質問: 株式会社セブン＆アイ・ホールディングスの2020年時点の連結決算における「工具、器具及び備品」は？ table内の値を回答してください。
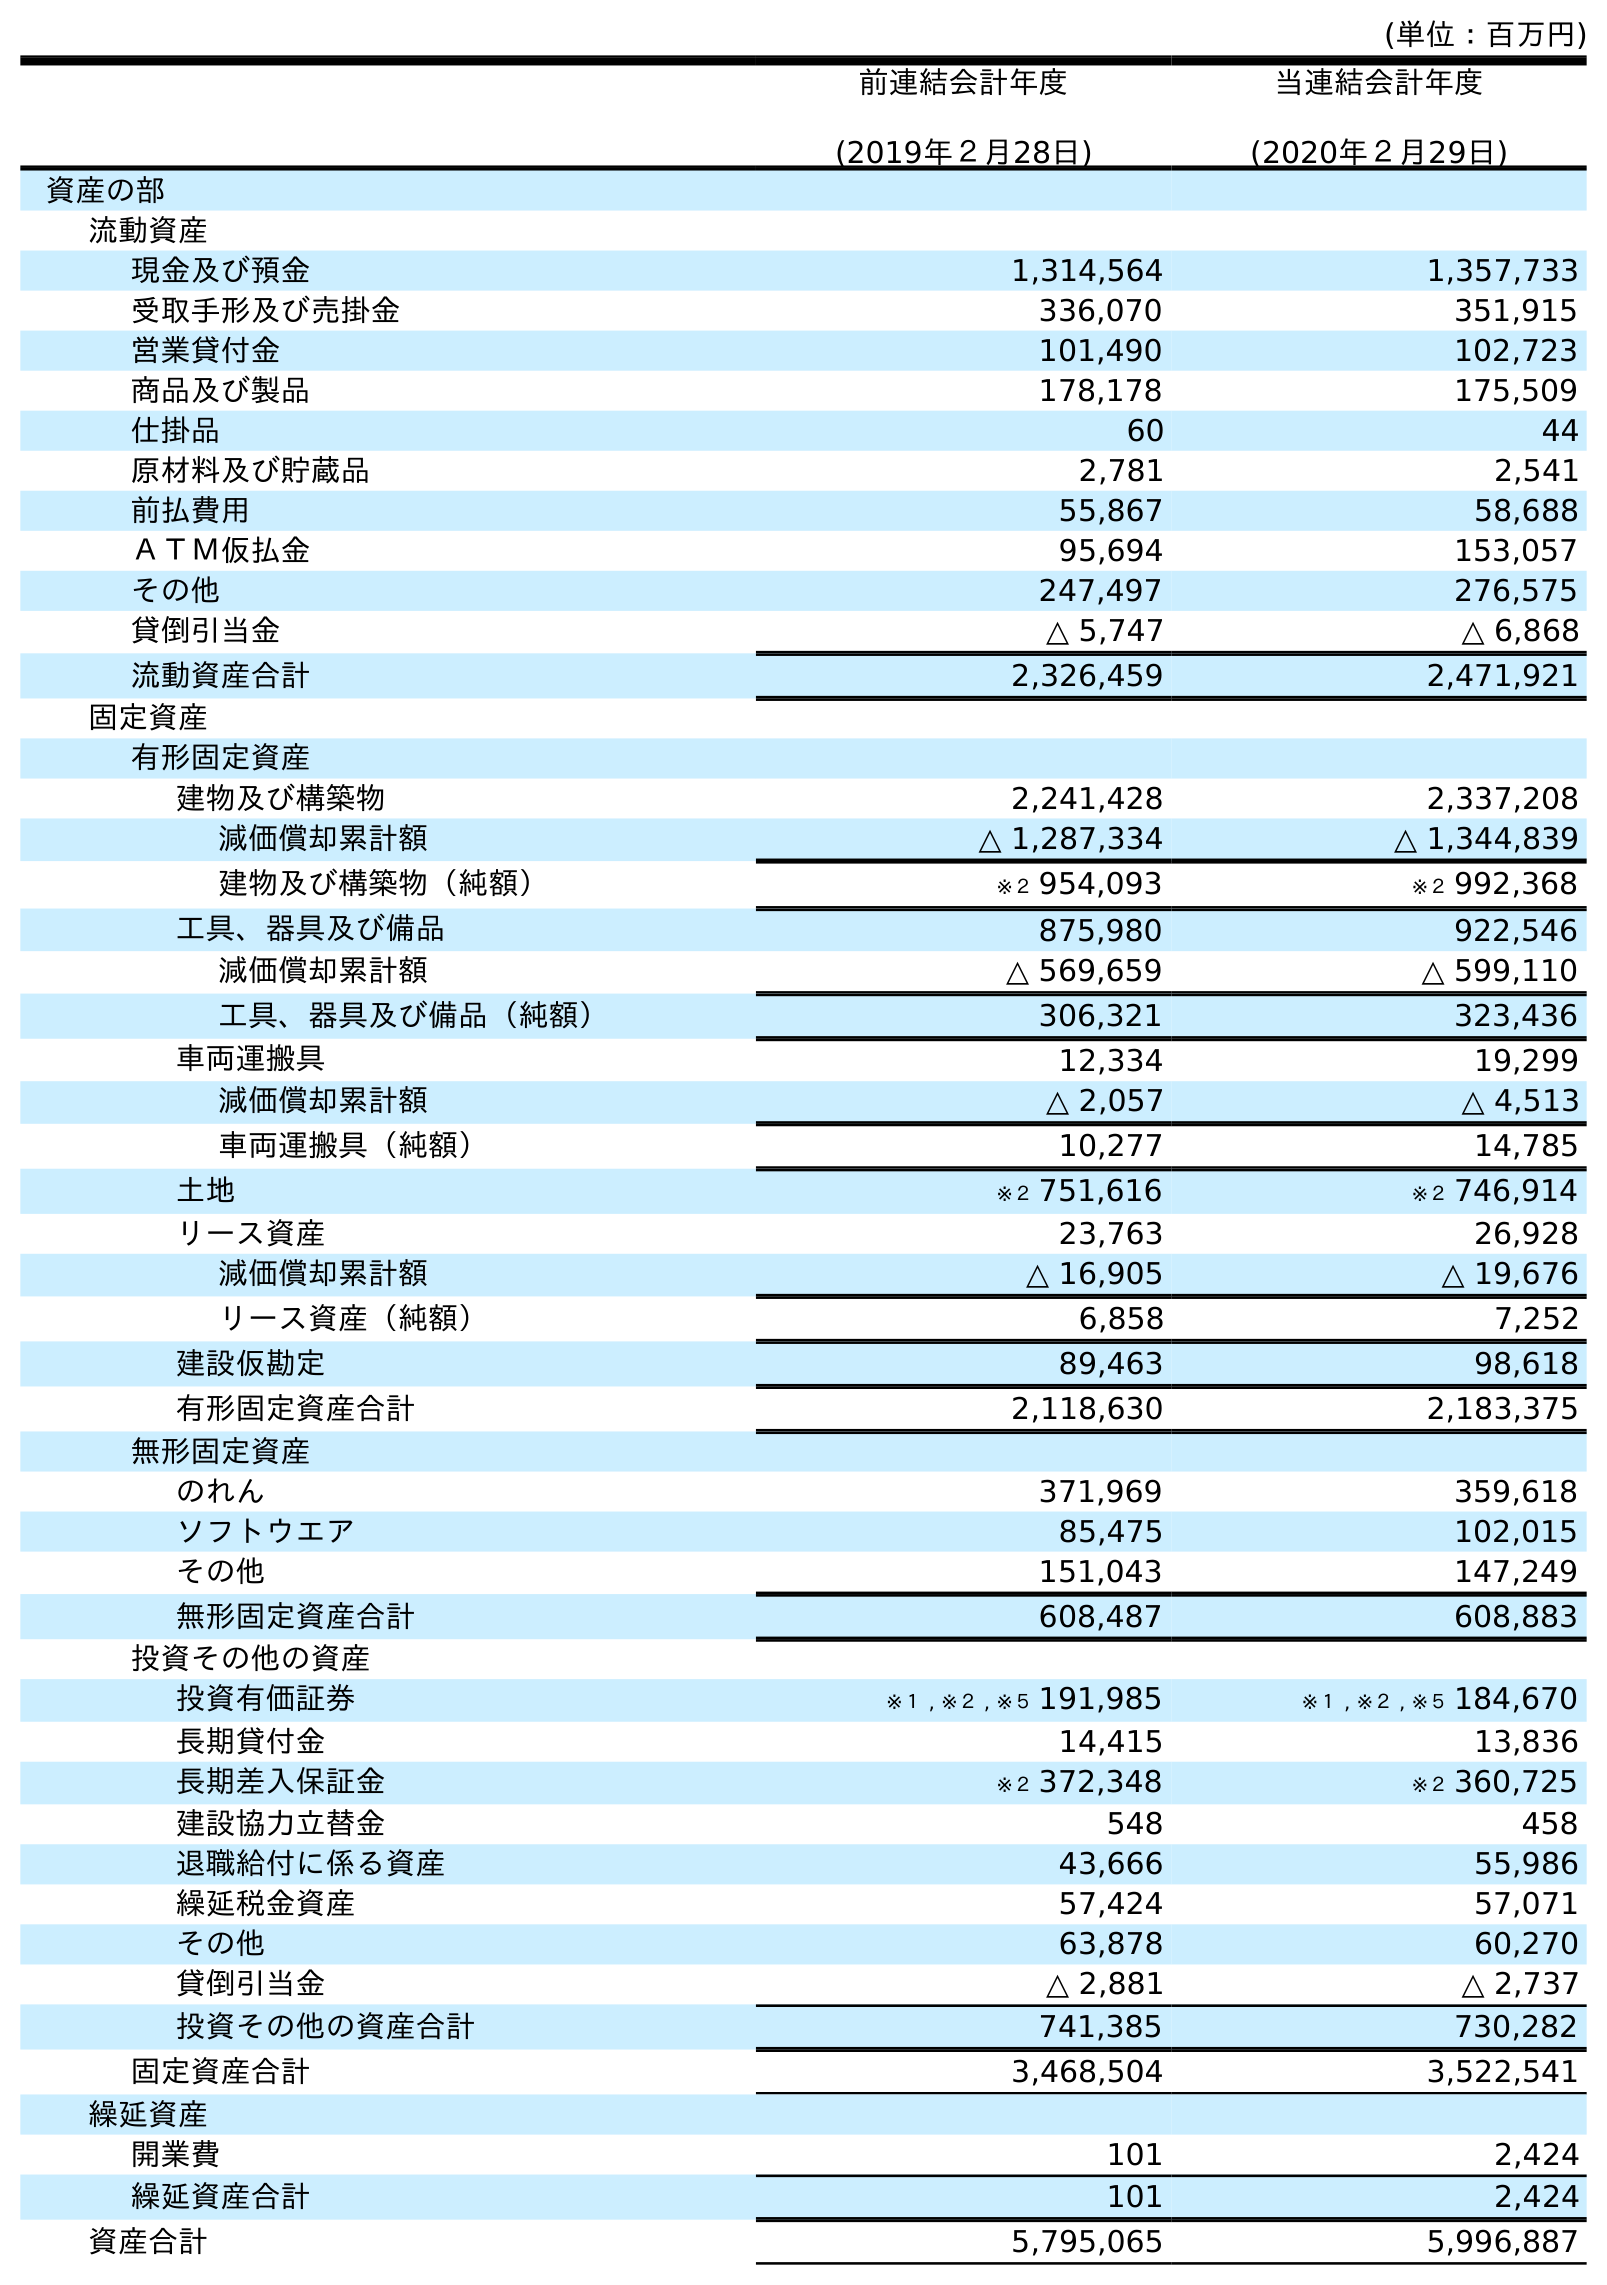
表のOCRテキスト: (単位：百万円) 前連結会計年度 (2019年２月28日) 当連結会計年度 (2020年２月29日) 資産の部 流動資産 現金及び預金 1,314,564 1,357,733 受取手形及び売掛金 336,070 351,915 営業貸付金 101,490 102,723 商品及び製品 178,178 175,509 仕掛品 60 44 原材料及び貯蔵品 2,781 2,541 前払費用 55,867 58,688 ＡＴＭ仮払金 95,694 153,057 その他 247,497 276,575 貸倒引当金 △ 5,747 △ 6,868 流動資産合計 2,326,459 2,471,921 固定資産 有形固定資産 建物及び構築物 2,241,428 2,337,208 減価償却累計額 △ 1,287,334 △ 1,344,839 建物及び構築物（純額） ※２ 954,093 ※２ 992,368 工具、器具及び備品 875,980 922,546 減価償却累計額 △ 569,659 △ 599,110 工具、器具及び備品（純額） 306,321 323,436 車両運搬具 12,334 19,299 減価償却累計額 △ 2,057 △ 4,513 車両運搬具（純額） 10,277 14,785 土地 ※２ 751,616 ※２ 746,914 リース資産 23,763 26,928 減価償却累計額 △ 16,905 △ 19,676 リース資産（純額） 6,858 7,252 建設仮勘定 89,463 98,618 有形固定資産合計 2,118,630 2,183,375 無形固定資産 のれん 371,969 359,618 ソフトウエア 85,475 102,015 その他 151,043 147,249 無形固定資産合計 608,487 608,883 投資その他の資産 投資有価証券 ※１ , ※２ , ※５ 191,985 ※１ , ※２ , ※５ 184,670 長期貸付金 14,415 13,836 長期差入保証金 ※２ 372,348 ※２ 360,725 建設協力立替金 548 458 退職給付に係る資産 43,666 55,986 繰延税金資産 57,424 57,071 その他 63,878 60,270 貸倒引当金 △ 2,881 △ 2,737 投資その他の資産合計 741,385 730,282 固定資産合計 3,468,504 3,522,541 繰延資産 開業費 101 2,424 繰延資産合計 101 2,424 資産合計 5,795,065 5,996,887
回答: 922,546